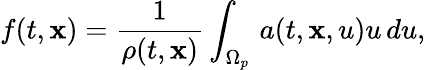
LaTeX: f(t,\mathbf{x})=\frac{1}{\rho(t,\mathbf{x})}\int_{\Omega_{p}}\, a(t,\mathbf{x},u)u\, du,